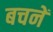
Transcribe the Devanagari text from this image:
बचनें